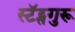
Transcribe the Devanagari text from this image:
स्टॅट्सगुरू